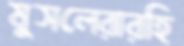
মুসলেরারহি